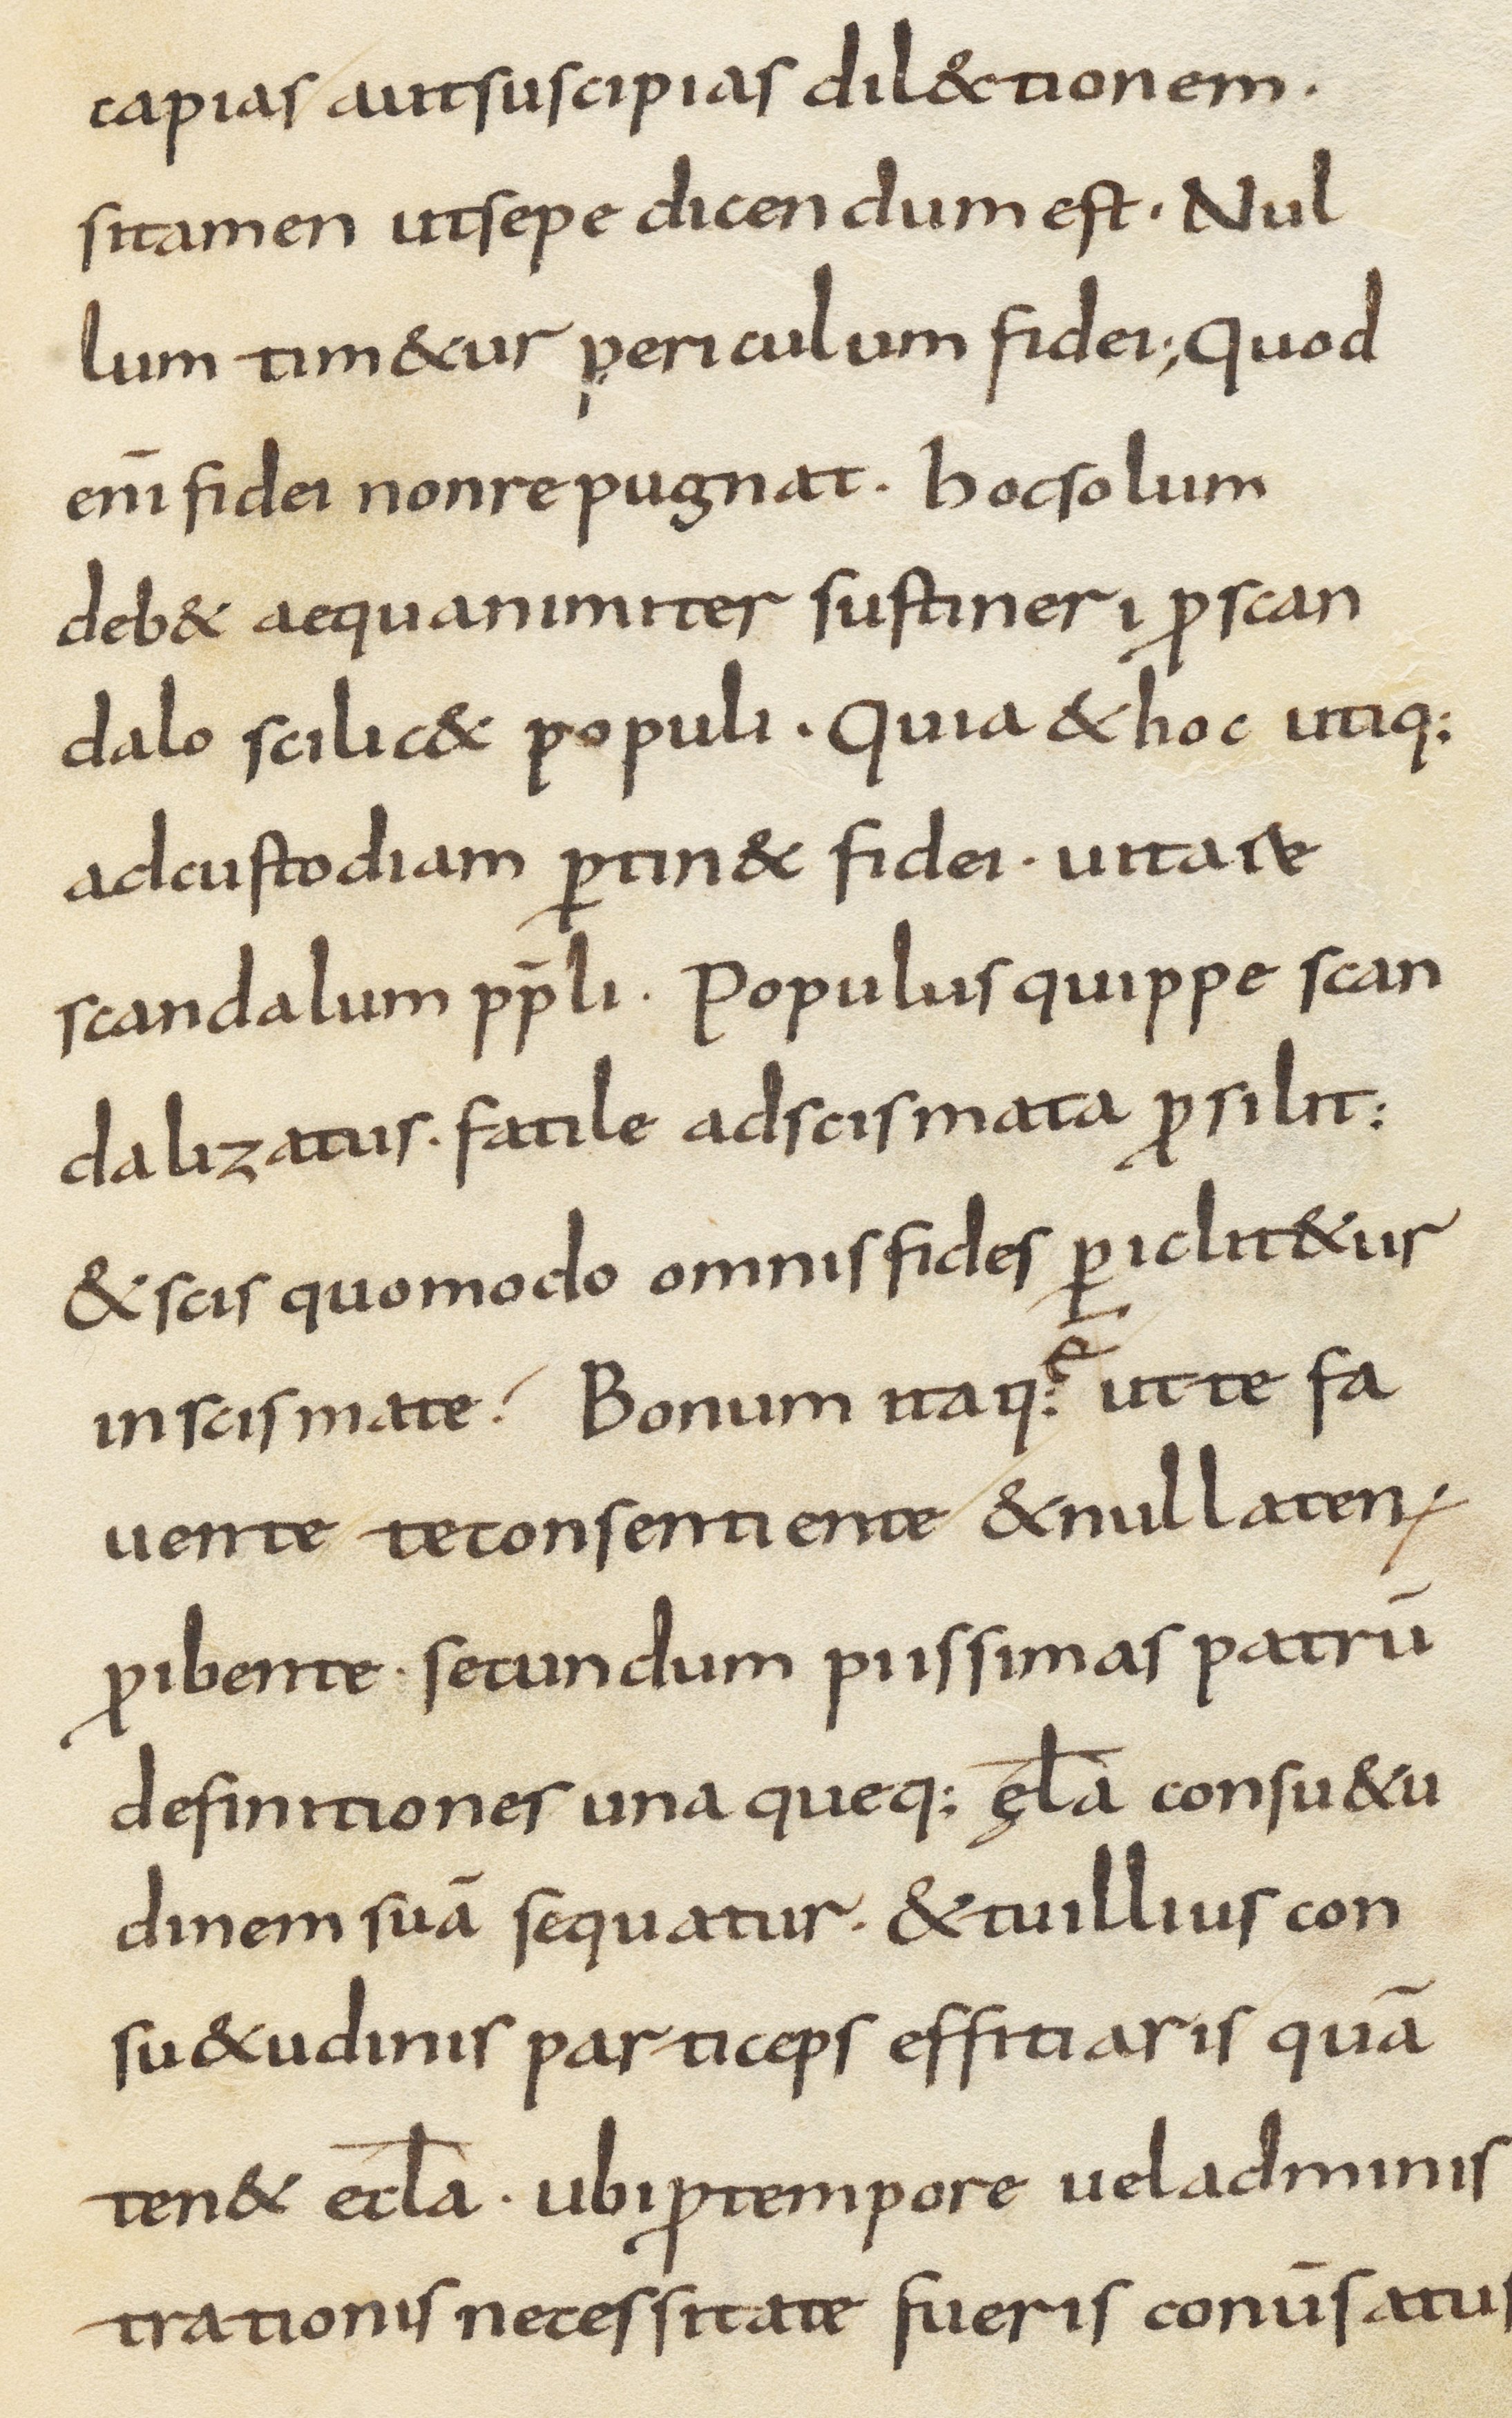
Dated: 800–899